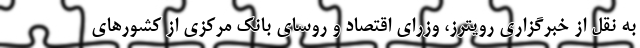
به نقل از خبرگزاری رویترز، وزرای اقتصاد و روسای بانک مرکزی از کشور‌های